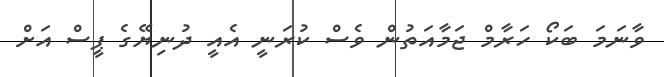
ވާނަމަ ބަކޯ ހަރާމް ޖަމާއަތުން ވެސް ކުރަނީ އެއީ ދުނިޔޭގެ ޕީސް އަށް